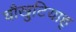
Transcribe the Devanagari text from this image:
चौखुटियाहृ